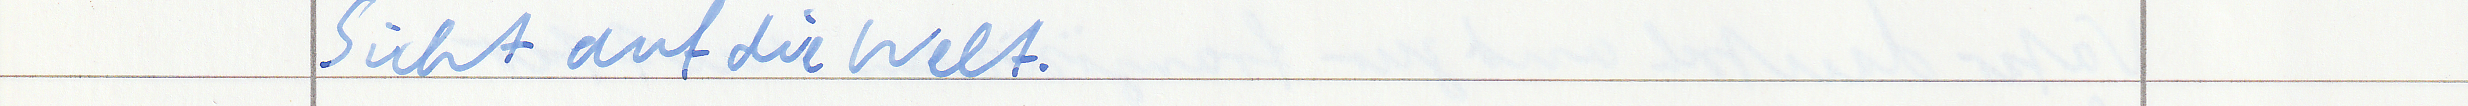
Sicht auf die Welt.